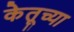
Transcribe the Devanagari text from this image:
केतूच्या